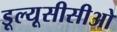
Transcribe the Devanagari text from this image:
डूल्यूसीसीओ